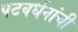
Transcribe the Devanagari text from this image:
पटवर्धनांची